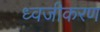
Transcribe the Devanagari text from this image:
ध्वजीकरण